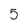
Character: 5